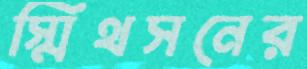
স্মিথসনের